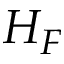
H _ { F }